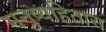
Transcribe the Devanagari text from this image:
मनुष्यहितास